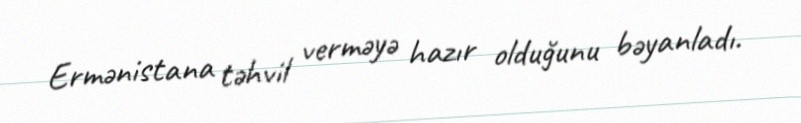
Ermənistana təhvil verməyə hazır olduğunu bəyanladı.